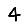
Digit: 4